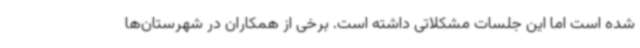
شده است اما این جلسات مشکلاتی داشته است. برخی از همکاران در شهرستان‌ها